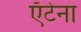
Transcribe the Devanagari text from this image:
ऍंटेना